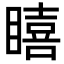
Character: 瞦